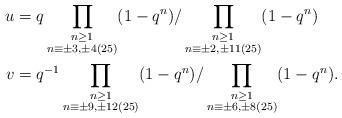
LaTeX: \begin{align*}u & = q \prod_{\substack{n \geq 1\\ n \equiv \pm 3,\pm 4 (25)}} (1-q^n) / \prod_{\substack{n \geq 1 \\ n \equiv \pm 2,\pm 11 (25)}} (1-q^n)\\v & = q^{-1} \prod_{\substack{n \geq 1\\ n \equiv \pm 9,\pm 12 (25)}} (1-q^n) / \prod_{\substack{n \geq 1 \\ n \equiv \pm 6,\pm 8 (25)}} (1-q^n).\end{align*}